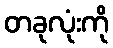
တခုလုံးကို